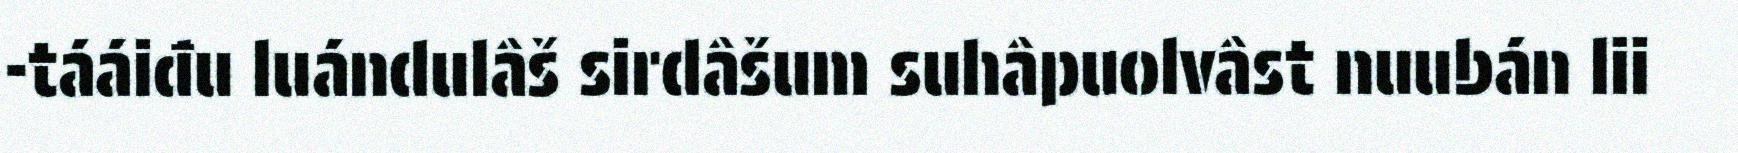
-tááiđu luándulâš sirdâšum suhâpuolvâst nuubán lii